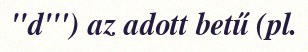
"d"') az adott betű (pl.